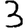
Digit: 3